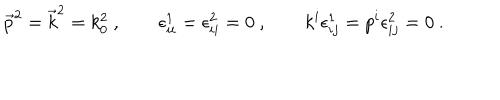
\vec { p } ^ { 2 } = \vec { k } ^ { 2 } = k _ { 0 } ^ { 2 } \ , \qquad \epsilon _ { i i } ^ { 1 } = \epsilon _ { i i } ^ { 2 } = 0 \ , \qquad k ^ { i } \epsilon _ { i j } ^ { 1 } = p ^ { i } \epsilon _ { i j } ^ { 2 } = 0 \ .